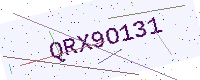
Text: QRX9O131